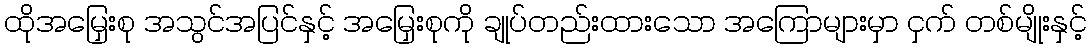
ထိုအမြှေးစု အသွင်အပြင်နှင့် အမြှေးစုကို ချုပ်တည်းထားသော အကြောများမှာ ငှက် တစ်မျိုးနှင့်